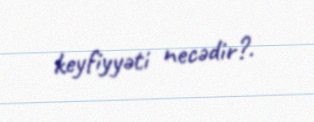
keyfiyyəti necədir?.